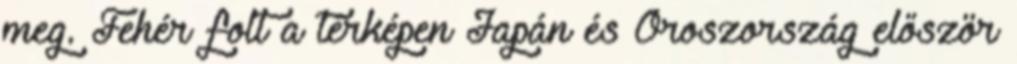
meg. Fehér folt a térképen Japán és Oroszország először